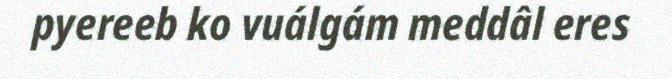
pyereeb ko vuálgám meddâl eres